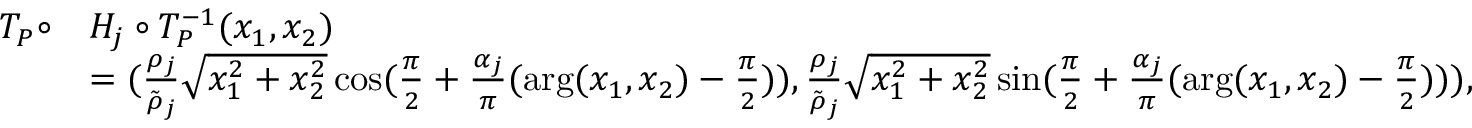
\begin{array} { r l } { T _ { P } \circ } & { H _ { j } \circ T _ { P } ^ { - 1 } ( x _ { 1 } , x _ { 2 } ) } \\ & { = ( \frac { \rho _ { j } } { \tilde { \rho } _ { j } } \sqrt { x _ { 1 } ^ { 2 } + x _ { 2 } ^ { 2 } } \cos ( \frac { \pi } { 2 } + \frac { \alpha _ { j } } { \pi } ( \arg ( x _ { 1 } , x _ { 2 } ) - \frac { \pi } { 2 } ) ) , \frac { \rho _ { j } } { \tilde { \rho } _ { j } } \sqrt { x _ { 1 } ^ { 2 } + x _ { 2 } ^ { 2 } } \sin ( \frac { \pi } { 2 } + \frac { \alpha _ { j } } { \pi } ( \arg ( x _ { 1 } , x _ { 2 } ) - \frac { \pi } { 2 } ) ) ) , } \end{array}